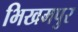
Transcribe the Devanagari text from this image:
भिखमपुर